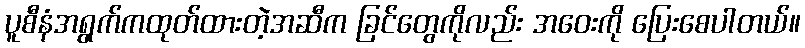
ပူစီနံအရွက်ကထုတ်ထားတဲ့အဆီက ခြင်တွေကိုလည်း အဝေးကို ပြေးစေပါတယ်။